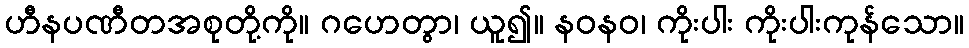
ဟီနပဏီတအစုတို့ကို။ ဂဟေတွာ၊ ယူ၍။ နဝနဝ၊ ကိုးပါး ကိုးပါးကုန်သော။